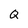
Character: Q